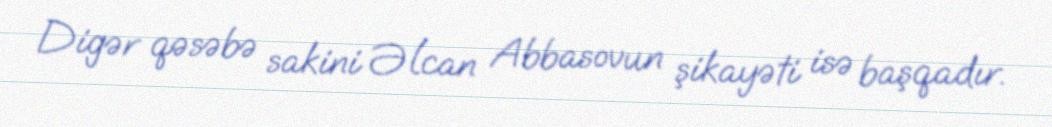
Digər qəsəbə sakini Əlcan Abbasovun şikayəti isə başqadır.